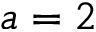
a = 2